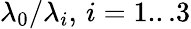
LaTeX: \lambda_{0}/\lambda_{i},\, i=1...3